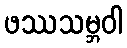
ဖဿသမ္ဘဝါ